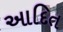
આદિત